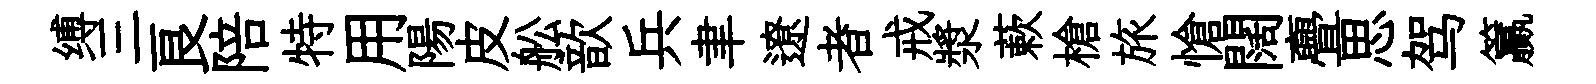
缚三良陪特用陽皮舩歆兵聿遼者戒漿蔌槍旅愴闊亹思驾籯